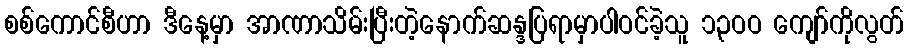
စစ်ကောင်စီဟာ ဒီနေ့မှာ အာဏာသိမ်းပြီးတဲ့နောက်ဆန္ဒပြရာမှာပါဝင်ခဲ့သူ ၁၃ဝဝ ကျော်ကိုလွတ်